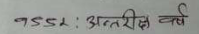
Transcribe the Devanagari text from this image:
१९५२ : अन्तरिक्ष वर्ष